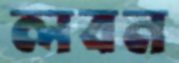
লবন